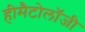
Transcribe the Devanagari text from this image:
हीमैटोलॉजी